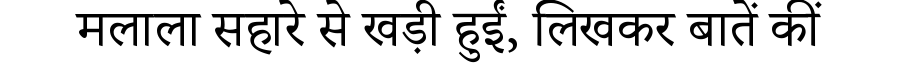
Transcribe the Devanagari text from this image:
मलाला सहारे से खड़ी हुईं, लिखकर बातें कीं